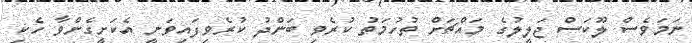
ނަމަވެސް ލޫކަސް ޖަލީލުގެ މައްޗަށް ތުހުމަތު ކުރެވި ބަންދު ކުރެވިފައިވަނީ އެކަށީގެންވާ ހެކި